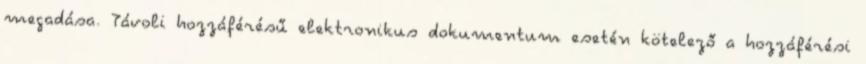
megadása. Távoli hozzáférésű elektronikus dokumentum esetén kötelező a hozzáférési